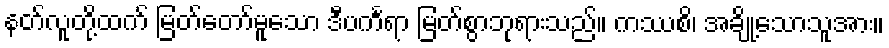
နတ်လူတို့ထက် မြတ်တော်မူသော ဒီပင်္ကရာ မြတ်စွာဘုရားသည်။ ကဿစိ၊ အချို့သောသူအား။